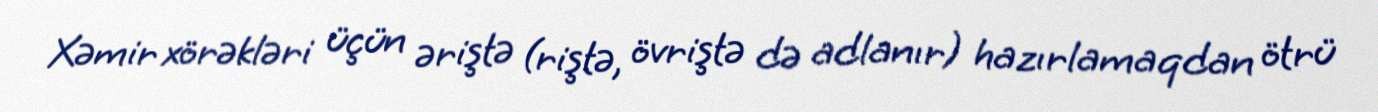
Xəmir xörəkləri üçün əriştə (riştə, övriştə də adlanır) hazırlamaqdan ötrü